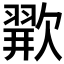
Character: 𪴲